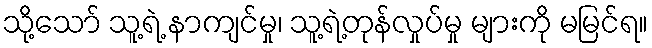
သို့သော် သူ့ရဲ့ နာကျင်မှု၊ သူ့ရဲ့တုန်လှုပ်မှု များကို မမြင်ရ။